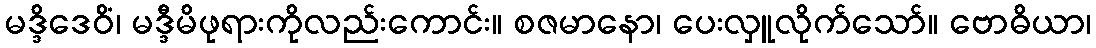
မဒ္ဒိဒေဝိံ၊ မဒ္ဒီမိဖုရားကိုလည်းကောင်း။ စဇမာနော၊ ပေးလှူလိုက်သော်။ ဗောဓိယာ၊